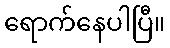
ရောက်နေပါပြီ။